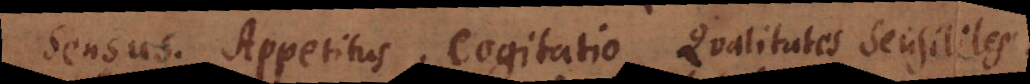
Sensus. Appetitus. Cogitatio. Qualitates Sensibiles